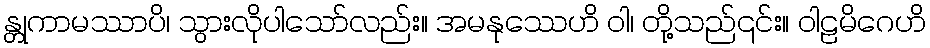
န္တုကာမဿာပိ၊ သွားလိုပါသော်လည်း။ အမနုဿေဟိ ဝါ၊ တို့သည်၎င်း။ ဝါဠမိဂေဟိ